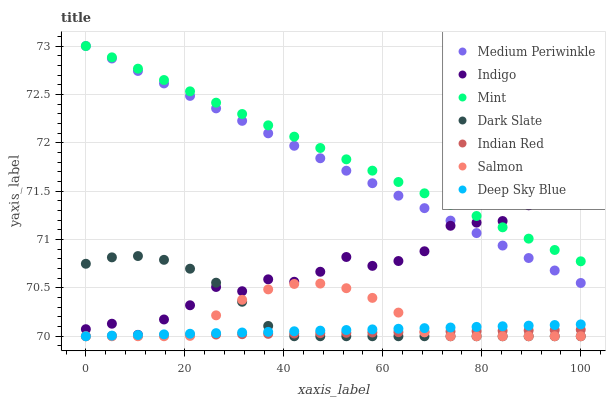
| xaxis_label | Medium Periwinkle | Indigo | Mint | Dark Slate | Indian Red | Salmon | Deep Sky Blue |
 | --- | --- | --- | --- | --- | --- | --- | --- |
 | 0 | 73 | 70.1 | 73 | 70.7 | 70 | 70 | 70 |
 | 5.26 | 72.9 | 70.1 | 72.9 | 70.8 | 70 | 70 | 70 |
 | 10.5 | 72.7 | 70 | 72.8 | 70.8 | 70 | 70 | 70 |
 | 15.8 | 72.6 | 70.2 | 72.6 | 70.8 | 70 | 70 | 70 |
 | 21.1 | 72.5 | 70.3 | 72.5 | 70.7 | 70 | 70 | 70 |
 | 26.3 | 72.4 | 70.5 | 72.4 | 70.6 | 70 | 70.2 | 70 |
 | 31.6 | 72.2 | 70.5 | 72.3 | 70.4 | 70 | 70.4 | 70 |
 | 36.8 | 72.1 | 70.6 | 72.2 | 70.1 | 70 | 70.5 | 70 |
 | 42.1 | 72 | 70.6 | 72.1 | 70 | 70 | 70.5 | 70.1 |
 | 47.4 | 71.8 | 70.7 | 71.9 | 70 | 70 | 70.5 | 70.1 |
 | 52.6 | 71.7 | 70.8 | 71.8 | 70 | 70 | 70.5 | 70.1 |
 | 57.9 | 71.6 | 70.7 | 71.7 | 70 | 70 | 70.4 | 70.1 |
 | 63.2 | 71.5 | 70.8 | 71.6 | 70 | 70 | 70.2 | 70.1 |
 | 68.4 | 71.3 | 70.9 | 71.5 | 70 | 70 | 70 | 70.1 |
 | 73.7 | 71.2 | 71.1 | 71.4 | 70 | 70 | 70 | 70.1 |
 | 78.9 | 71.1 | 71.2 | 71.2 | 70 | 70.1 | 70 | 70.1 |
 | 84.2 | 70.9 | 71.2 | 71.1 | 70 | 70.1 | 70 | 70.1 |
 | 89.5 | 70.8 | 71.4 | 71 | 70 | 70.1 | 70 | 70.1 |
 | 94.7 | 70.7 | 71.4 | 70.9 | 70 | 70.1 | 70 | 70.1 |
 | 100 | 70.6 | 71.5 | 70.8 | 70 | 70.1 | 70 | 70.1 |